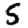
Digit: 5